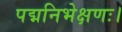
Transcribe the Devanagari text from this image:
पद्मनिभेक्षणः।